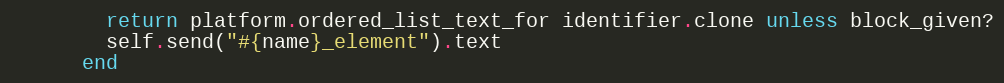
Language: Ruby
        return platform.ordered_list_text_for identifier.clone unless block_given?
        self.send("#{name}_element").text
      end